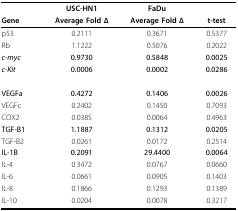
<table><thead><tr><td></td><td><b>USC-HN1</b></td><td><b>FaDu</b></td><td></td></tr><tr><td><b>Gene</b></td><td><b>Average Fold Δ</b></td><td><b>Average Fold Δ</b></td><td><b>t-test</b></td></tr></thead><tbody><tr><td>p53</td><td>0.2111</td><td>0.3671</td><td>0.5377</td></tr><tr><td>Rb</td><td>1.1222</td><td>0.5076</td><td>0.2022</td></tr><tr><td><b><i>c-myc</i></b></td><td><b>0.9730</b></td><td><b>0.5848</b></td><td><b>0.0025</b></td></tr><tr><td><b><i>c-Kit</i></b></td><td><b>0.0006</b></td><td><b>0.0002</b></td><td><b>0.0286</b></td></tr><tr><td><b>VEGFa</b></td><td><b>0.4272</b></td><td><b>0.1406</b></td><td><b>0.0026</b></td></tr><tr><td>VEGFc</td><td>0.2402</td><td>0.1450</td><td>0.7093</td></tr><tr><td>COX2</td><td>0.0385</td><td>0.0064</td><td>0.4963</td></tr><tr><td><b>TGF-B1</b></td><td><b>1.1887</b></td><td><b>0.1312</b></td><td><b>0.0205</b></td></tr><tr><td>TGF-B2</td><td>0.0261</td><td>0.0172</td><td>0.2514</td></tr><tr><td><b>IL-1B</b></td><td><b>0.2091</b></td><td><b>29.4400</b></td><td><b>0.0064</b></td></tr><tr><td>IL-4</td><td>0.3472</td><td>0.0767</td><td>0.0660</td></tr><tr><td>IL-6</td><td>0.0661</td><td>0.0905</td><td>0.1403</td></tr><tr><td>IL-8</td><td>0.1866</td><td>0.1293</td><td>0.1389</td></tr><tr><td>IL-10</td><td>0.0204</td><td>0.0078</td><td>0.3217</td></tr></tbody></table>